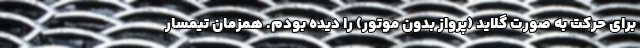
برای حرکت به صورت گلاید (پرواز بدون موتور) را دیده بودم. همزمان تیمسار